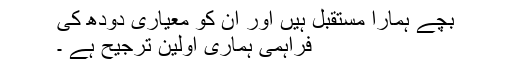
بچے ہمارا مستقبل ہیں اور ان کو معیاری دودھ کی
فراہمی ہماری اولین ترجیح ہے ۔